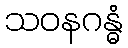
သဝနဂန္ဓံ